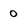
Character: 0